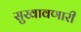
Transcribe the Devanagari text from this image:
सुखावणारी